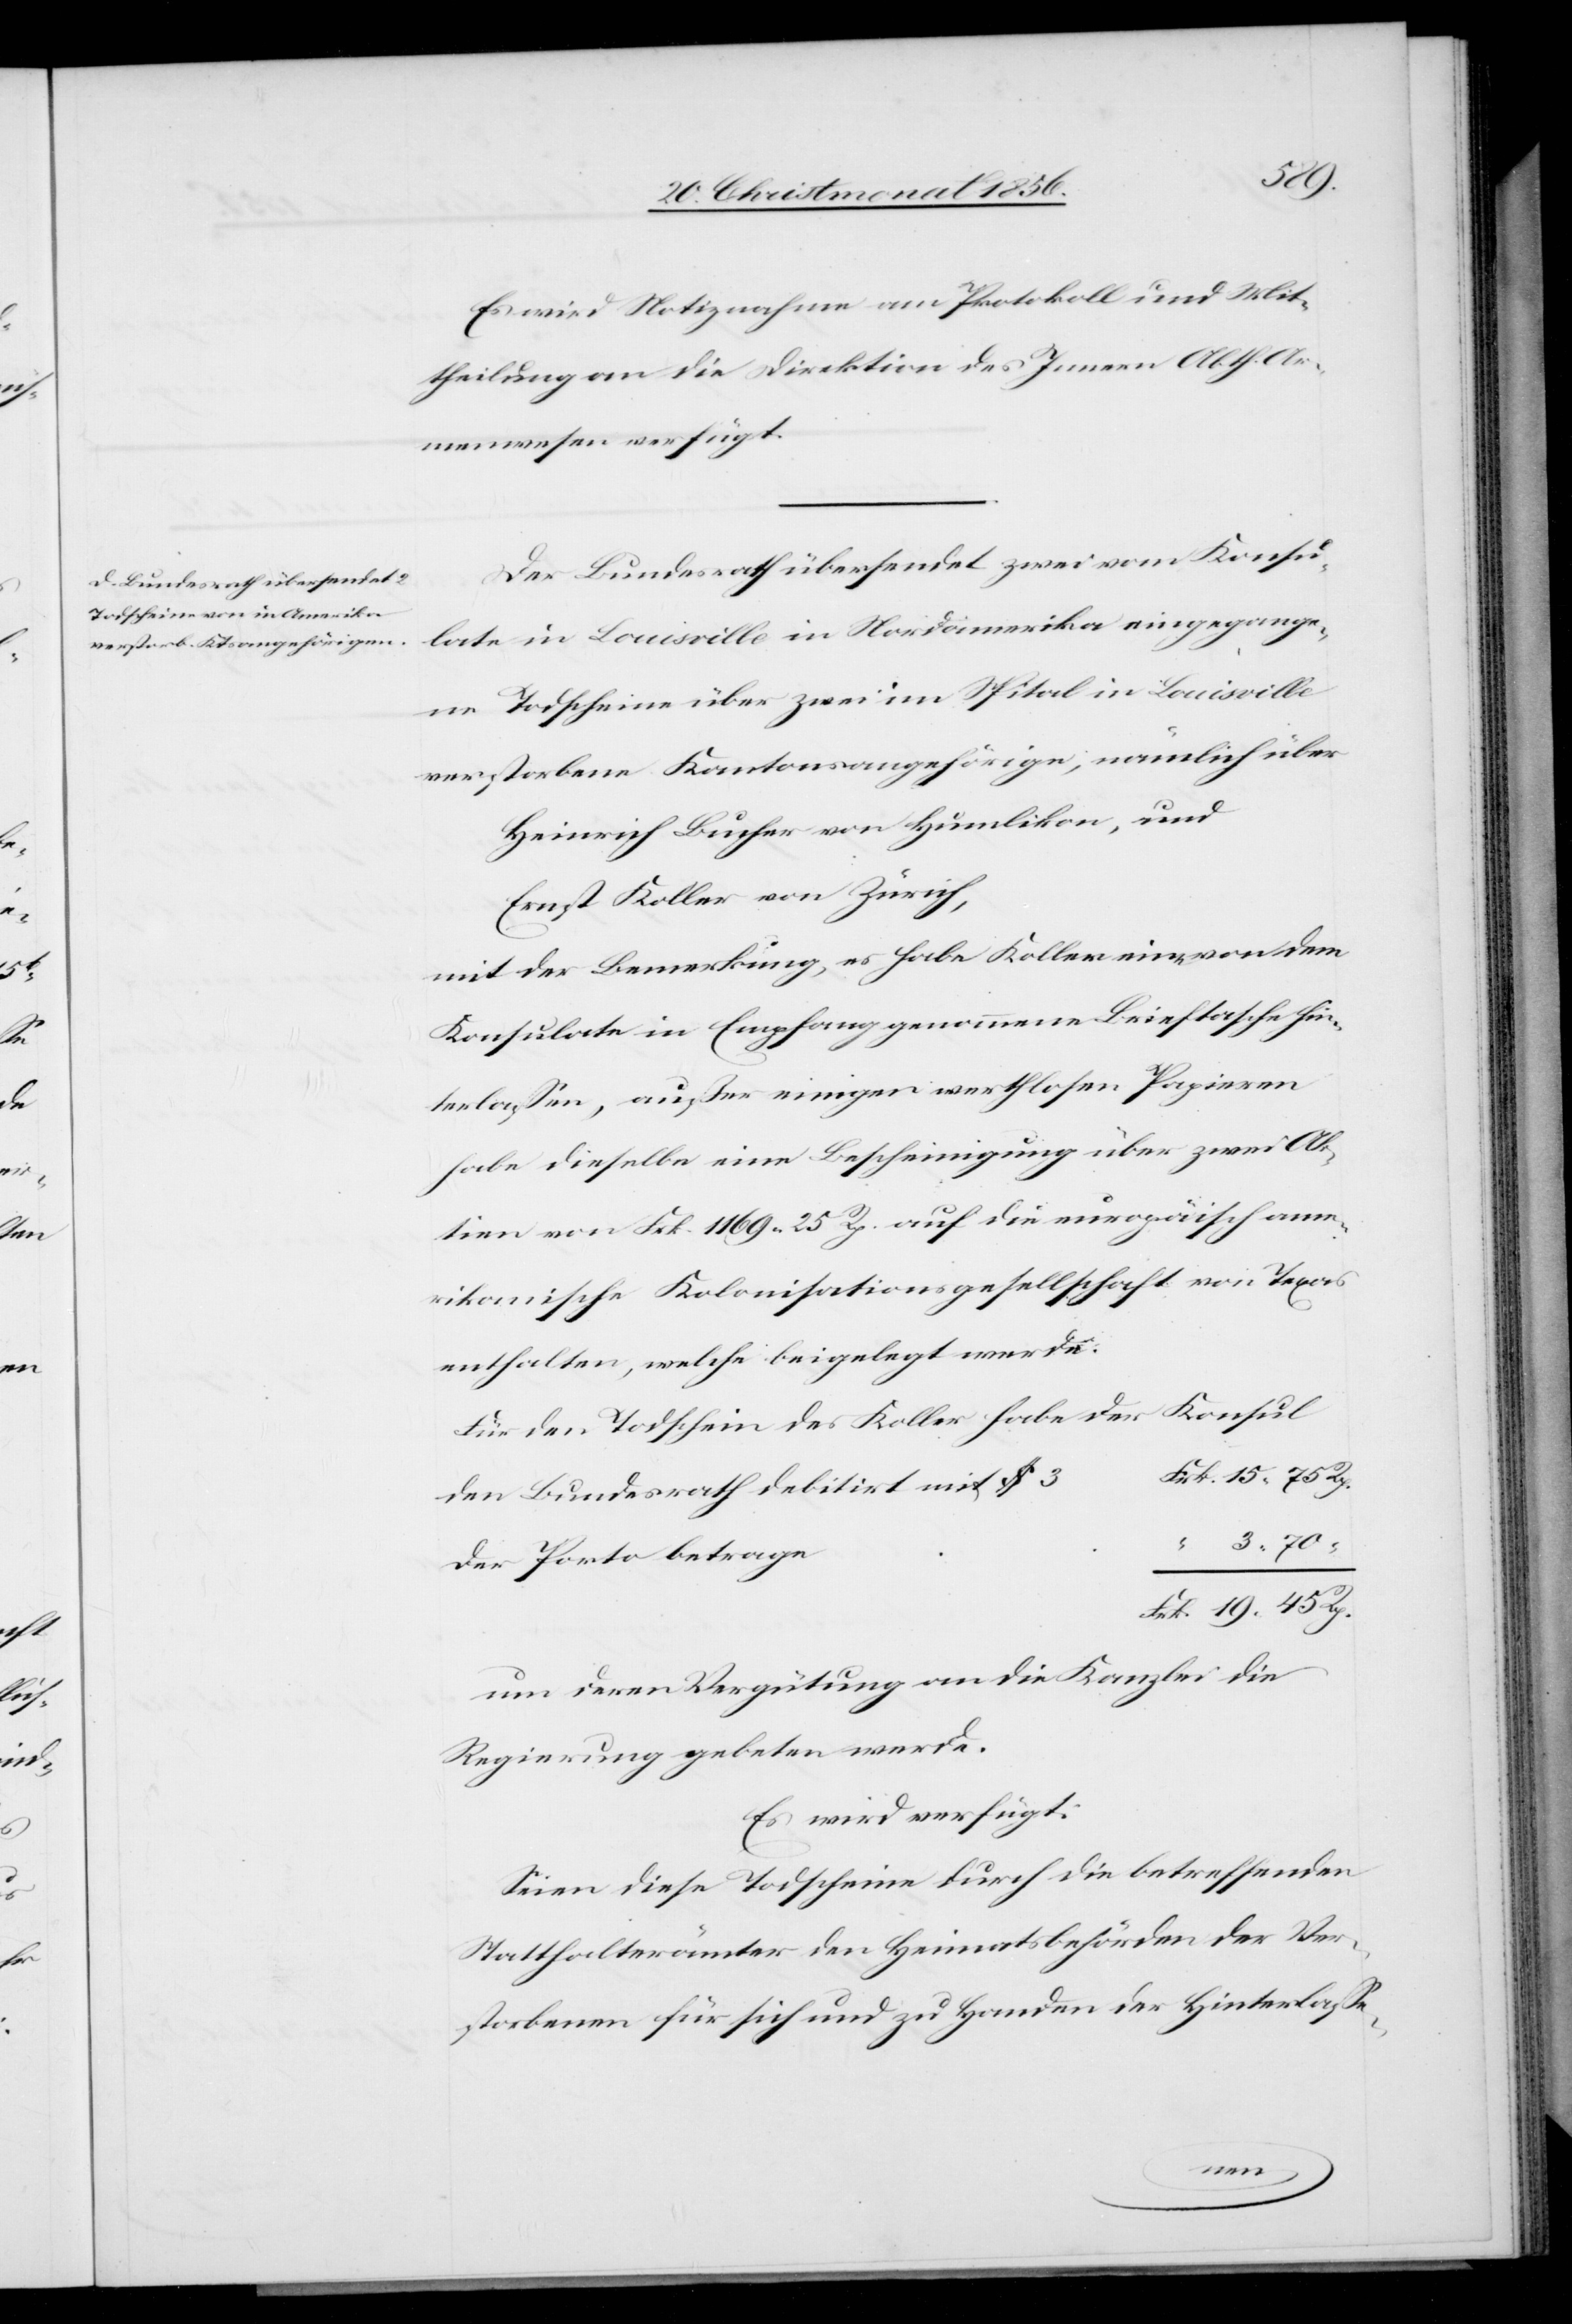
45
21. Christmonat 1856.]
Es wird Notiznahme am Protokoll und Mit¬
theilung an die Direktion des Innern Abth. Ar¬
menwesen verfügt.
Der Bundesrath übersendet zwei vom Konsu¬
late in Louisville in Nordamerika eingegange¬
ne Todscheine über zwei im Spital in Louisville
verstorbene Kantonsangehörige, nämlich über
Heinrich Bucher von Humlikon, und
Ernst Koller von Zürich,
Mit der Bemerkung, es habe Koller eine von dem
Konsulate in Empfang genommene Brieftasche hin¬
terlassen, außer einigen werthlosen Papieren
habe dieselbe eine Bescheinigung über zwei Ak¬
tien von Frk. 1169. 25 Rp. auf die europäisch ame¬
rikanische Kolonisationsgesellschaft von Texas
enthalten, welche beigelegt werde.
Konsul
Für den Todschein des Koller habe der
den Bundesrath debitirt mit $ 3
Der Porto betrage
um deren Vergütung an die Kanzlei die
Regierung gebeten werde.
Es wird verfügt:
Seien diese Todscheine durch die betreffenden
Statthalterämter den Heimatsbehörden der Ver¬
storbenen für sich und zu Handen der Hinterlasse-
den